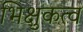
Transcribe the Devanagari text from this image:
भिक्षुकत्व